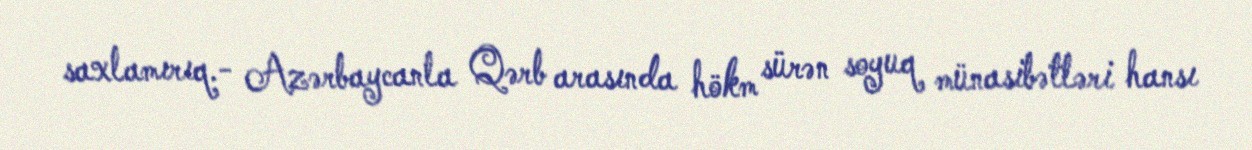
saxlamırıq.- Azərbaycanla Qərb arasında hökm sürən soyuq münasibətləri hansı